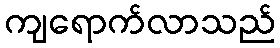
ကျရောက်လာသည်